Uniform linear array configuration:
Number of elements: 64
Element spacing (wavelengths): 0.75
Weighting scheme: uniform
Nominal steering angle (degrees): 45
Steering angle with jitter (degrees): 44.832
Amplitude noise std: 0.05
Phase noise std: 0.05

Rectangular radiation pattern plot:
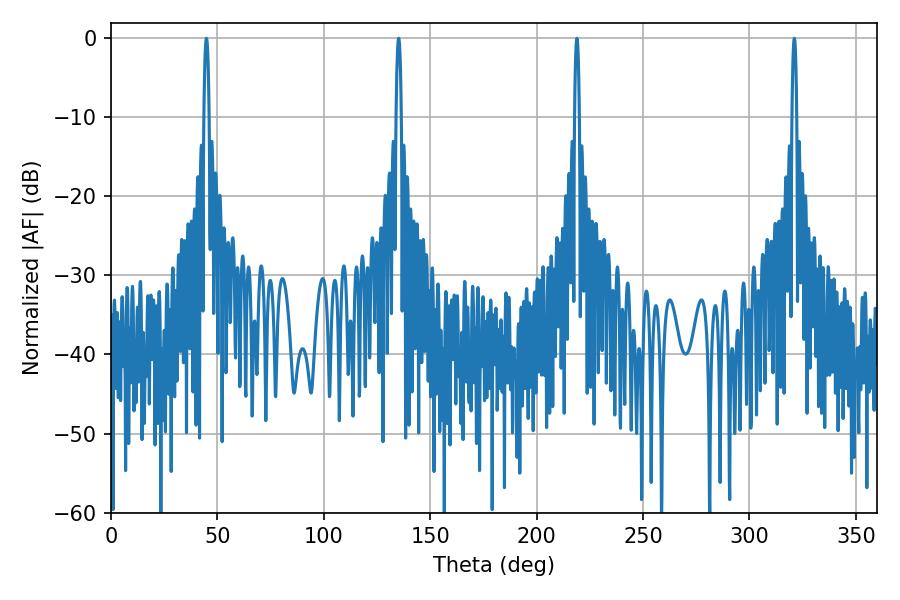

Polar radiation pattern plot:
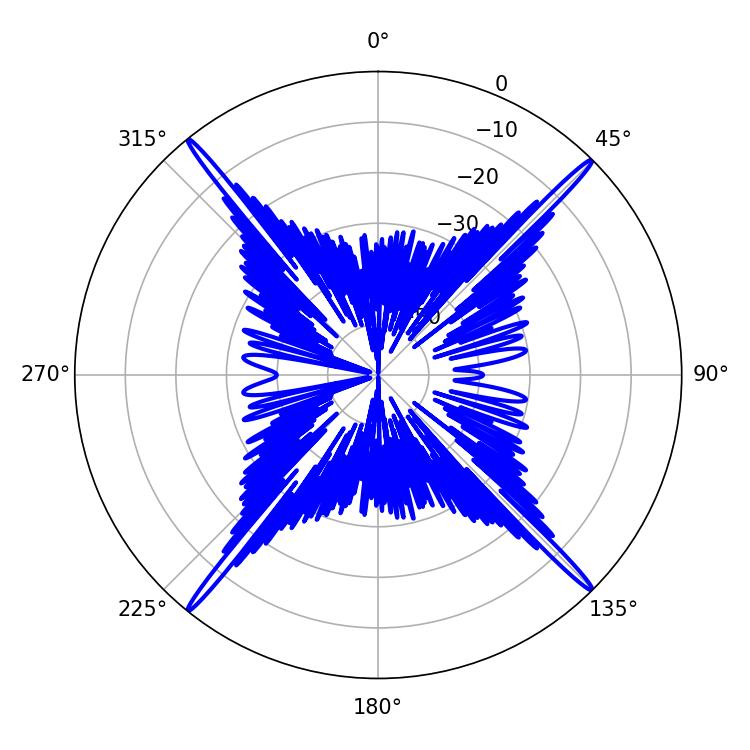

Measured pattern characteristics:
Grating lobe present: TRUE
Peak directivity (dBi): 24.056
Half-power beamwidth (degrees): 1.44
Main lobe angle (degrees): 44.82